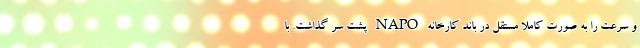
و سرعت را به صورت کاملا مستقل در باند کارخانه NAPO پشت سر گذاشت. با